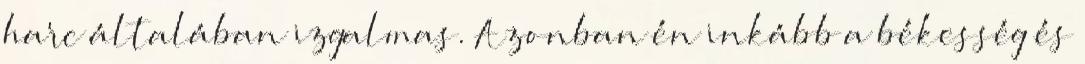
harc általában izgalmas. Azonban én inkább a békesség és